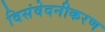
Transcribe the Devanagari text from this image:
विसंवेदनीकरण